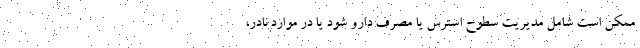
ممکن است شامل مدیریت سطوح استرس یا مصرف دارو شود یا در موارد نادر،